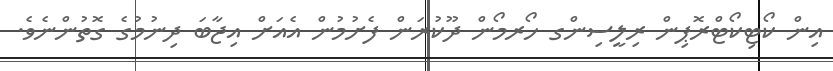
އިން ކޯޓިކޯޓްރޮޕިން ރިލީސިންގ ހޯރމޯން ދޫކުރަން ފެށުމުން އެއަށް އިޖާބަ ދިނުމުގެ ގޮތުންނެވެ.